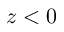
z < 0